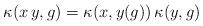
LaTeX: \begin{align*} \kappa (x \,y , g)=\kappa (x, y (g))\, \kappa (y, g)\end{align*}